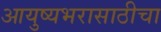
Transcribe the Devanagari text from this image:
आयुष्यभरासाठीचा